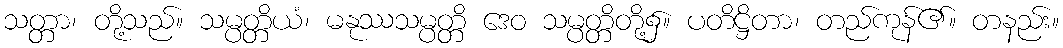
သတ္တာ၊ တို့သည်။ သမ္ပတ္တိယံ၊ မနုဿသမ္ပတ္တိ ဒေဝ သမ္ပတ္တိတို့၌။ ပတိဋ္ဌိတာ၊ တည်ကုန်၏။ တနည်း။